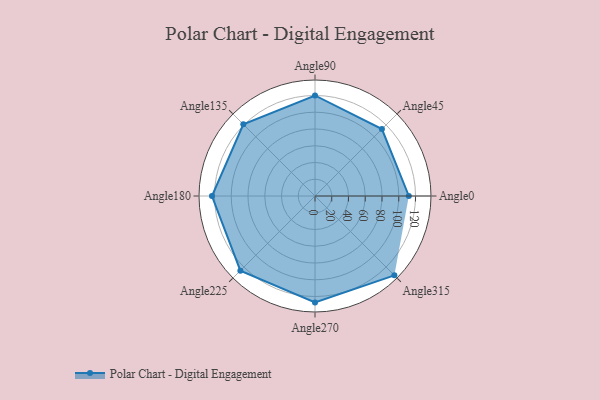
{"axis": {"x": "Angle", "y": "Radius"}, "legend": [""], "data": [{"x": "Angle0", "y": 112.0, "type": ""}, {"x": "Angle45", "y": 113.0, "type": ""}, {"x": "Angle90", "y": 120.0, "type": ""}, {"x": "Angle135", "y": 121.0, "type": ""}, {"x": "Angle180", "y": 123.0, "type": ""}, {"x": "Angle225", "y": 126.0, "type": ""}, {"x": "Angle270", "y": 127.0, "type": ""}, {"x": "Angle315", "y": 134.0, "type": ""}]}